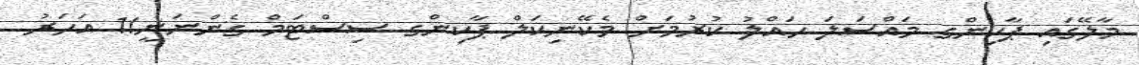
މާލޭގައި ޕާކިންގ މައްސަލަ ހައްލު ކުރުމަށް މެކޭނިކަލް ޕާކިންގ ސިސްޓަމް ގެންނަނީ!1 އަހަރު